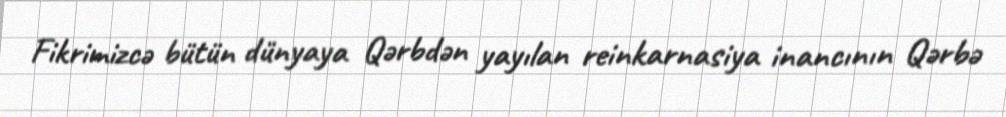
Fikrimizcə bütün dünyaya Qərbdən yayılan reinkarnasiya inancının Qərbə